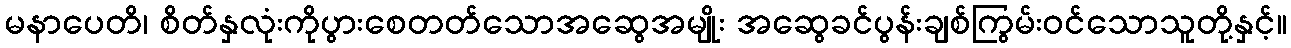
မနာပေတိ၊ စိတ်နှလုံးကိုပွားစေတတ်သောအဆွေအမျိုး အဆွေခင်ပွန်းချစ်ကြွမ်းဝင်သောသူတို့နှင့်။